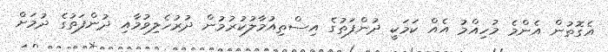
އެގޮތުން އެންމެ މުހިއްމު އެއް ކަމަކީ ދުންފަތުގެ އިސްތިއުމާލުކުރުމުން ދުރުހެލިވުމާއި ދުންފަތުގެ ދުމަށް